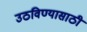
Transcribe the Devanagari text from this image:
उठविण्यासाठी